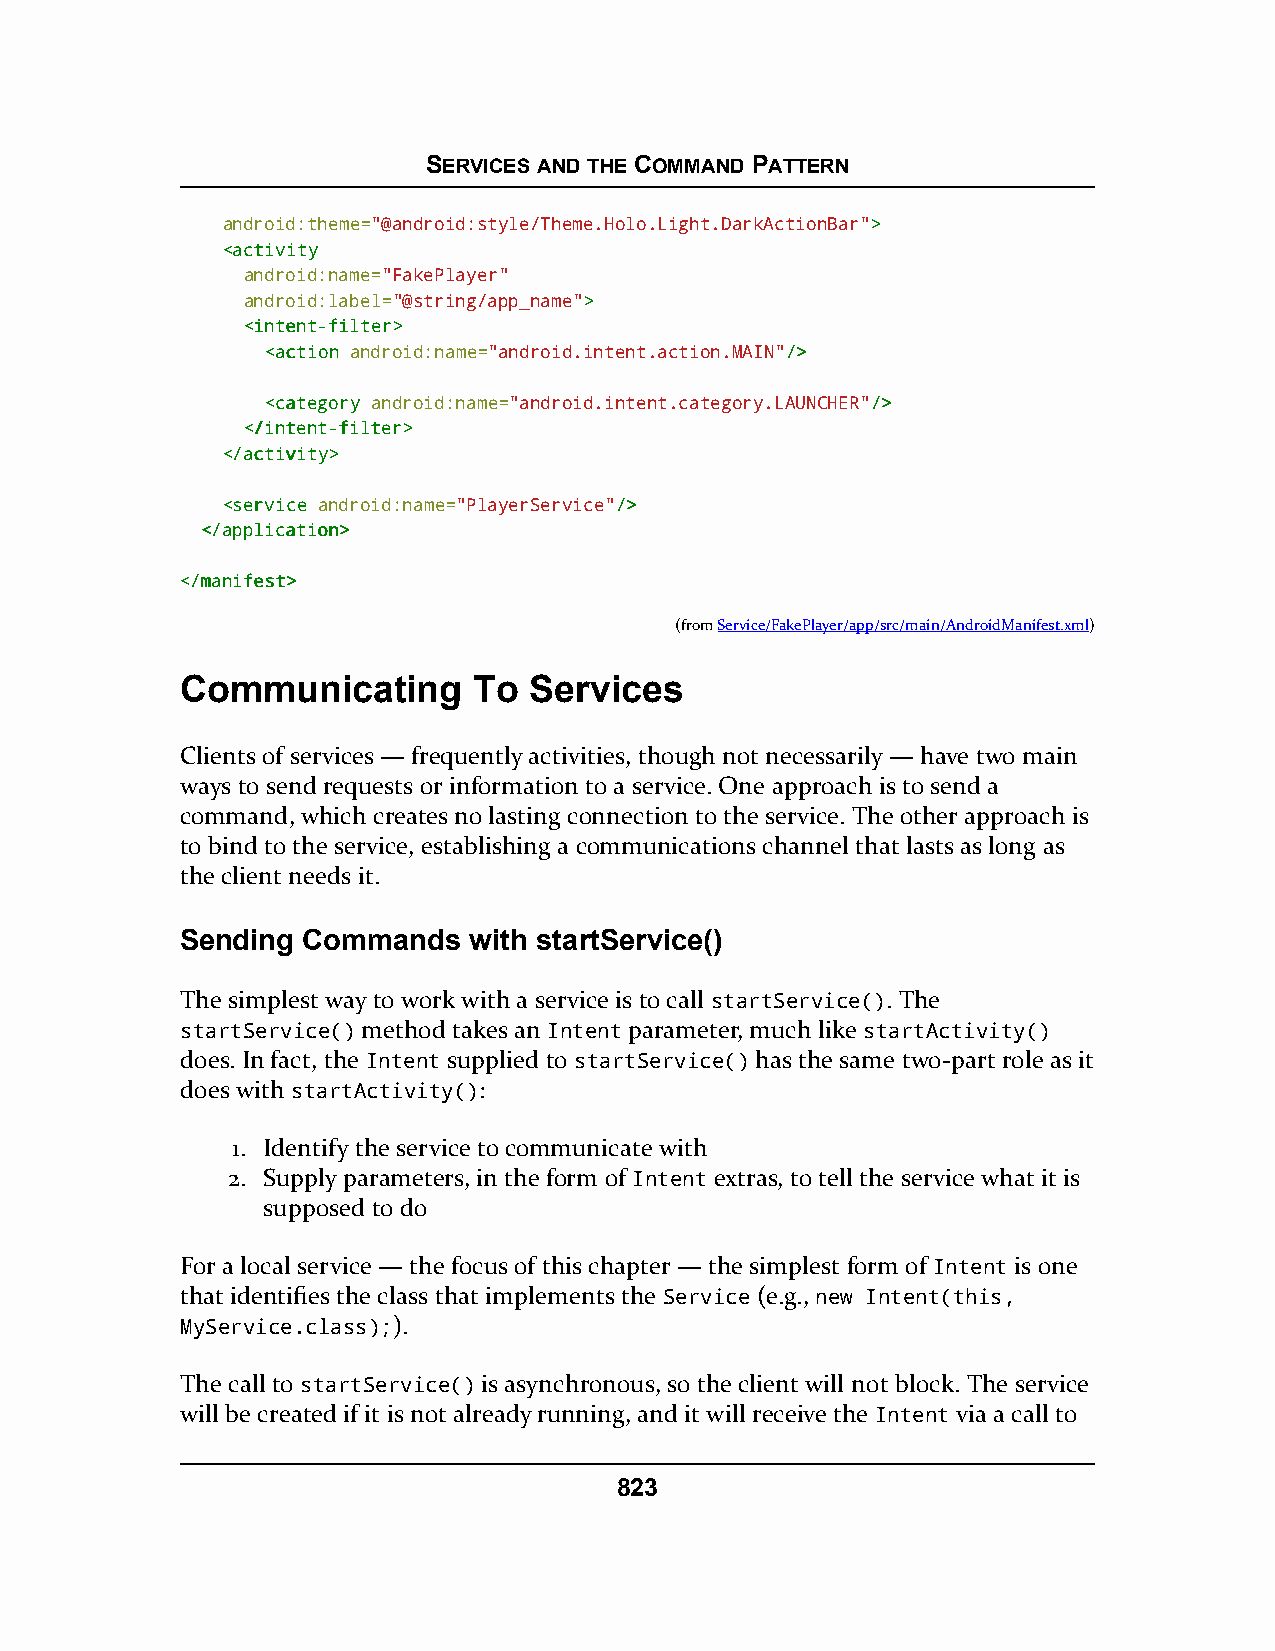
SERVICES AND THE COMMAND PATTERN
 android:theme="@android:style/Theme.Holo.Light.DarkActionBar">>
 <<aaccttiivviittyy
 android:name="FakePlayer"
 android:label="@string/app_name">>
 <<iinntteenntt--ffiilltteerr>>
 <<aaccttiioonn android:name="android.intent.action.MAIN"//>>
 <<ccaatteeggoorryy android:name="android.intent.category.LAUNCHER"//>>
 <<//iinntteenntt--ffiilltteerr>>
 <<//aaccttiivviittyy>>
 <<sseerrvviiccee android:name="PlayerService"//>>
 <<//aapppplliiccaattiioonn>>
 <<//mmaanniiffeesstt>>
 (fromService/FakePlayer/app/src/main/AndroidManifest.xml)
 Communicating      To  Services
 Clients of services — frequently activities, though not necessarily — have two main
 ways to send requests or information to a service. One approach is to send a
 command, which creates no lasting connection to the service. The other approach is
 to bind to the service, establishing a communications channel that lasts as long as
 the client needs it.
 Sending Commands   with startService()
 The simplest way to work with a service is to call startService(). The
 startService() method takes an Intent parameter, much like startActivity()
 does. In fact, the Intent supplied to startService() has the same two-part role as it
 does with startActivity():
 1. Identify the service to communicate with
 2. Supply parameters, in the form of Intent extras, to tell the service what it is
 supposed to do
 For a local service — the focus of this chapter — the simplest form of Intent is one
 that identifies the class that implements the Service (e.g., new Intent(this,
 MyService.class);).
 The call to startService() is asynchronous, so the client will not block. The service
 will be created if it is not already running, and it will receive the Intent via a call to
 823